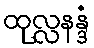
ထုလ္လနန္ဒံ